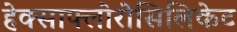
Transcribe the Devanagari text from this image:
हेक्साफ्लोरोसिलिकेट